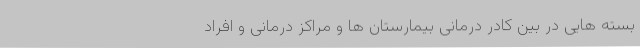
بسته هایی در بین کادر درمانی بیمارستان ها و مراکز درمانی و افراد